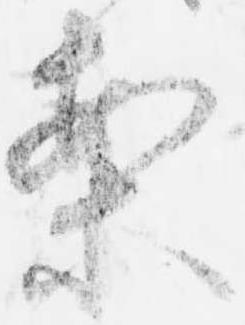
案